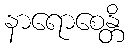
နာရောစေန္တိ